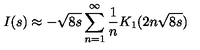
I ( s ) \approx - \sqrt { 8 s } \sum _ { n = 1 } ^ { \infty } { \frac { 1 } { n } } K _ { 1 } ( 2 n \sqrt { 8 s } )